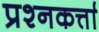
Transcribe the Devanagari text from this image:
प्रश्नकर्त्ता